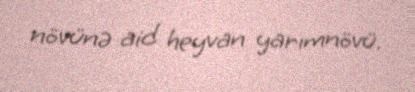
növünə aid heyvan yarımnövü.